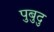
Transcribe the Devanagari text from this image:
पुबुदु